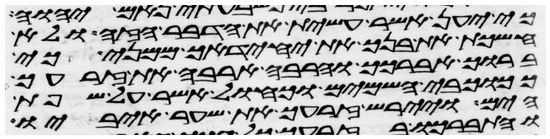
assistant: כי יען אשר עשית את הדבר הזה ולא
חשכת את בנך את יחידך ממני כי
ברוך אברכך והרבה ארבה את זרעך
ככוכבי השמים וכחול אשר על שפת
הים ויירש זרעך את שער איביו